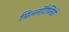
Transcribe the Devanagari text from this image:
ग्रिल्लोटैप्लिडी